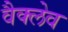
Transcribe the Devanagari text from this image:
वैक्लेव